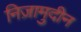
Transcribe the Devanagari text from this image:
निज़ामुदीन